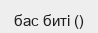
бас биті ()